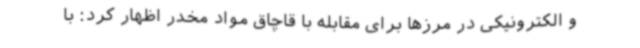
و الکترونیکی در مرزها برای مقابله با قاچاق مواد مخدر اظهار کرد: با